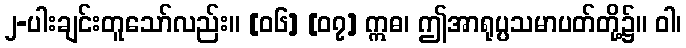
၂-ပါးချင်းတူသော်လည်း။ [၀၆] [၀၇] ဣဓ၊ ဤအာရုပ္ပသမာပတ်တို့၌။ ဝါ၊